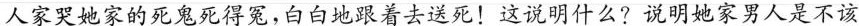
人家哭她家的死鬼死得冤,白白地跟着去送死!这说明什么?说明她家男人是不该